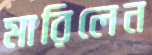
মারিলেন